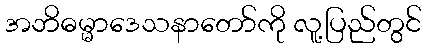
အဘိဓမ္မာဒေသနာတော်ကို လူ့ပြည်တွင်